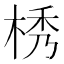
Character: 𣒴